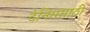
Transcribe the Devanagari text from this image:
टेनिससाठी